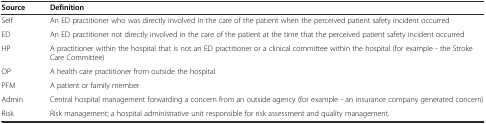
| Source | Definition |
 | --- | --- |
 | Self | An ED practitioner who was directly involved in the care of the patient when the perceived patient safety incident occurred |
 | ED | An ED practitioner not directly involved in the care of the patient at the time that the perceived patient safety incident occurred |
 | HP | A practitioner within the hospital that is not an ED practitioner or a clinical committee within the hospital (for example - the Stroke Care Committee) |
 | OP | A health care practitioner from outside the hospital |
 | PFM | A patient or family member |
 | Admin | Central hospital management forwarding a concern from an outside agency (for example - an insurance company generated concern) |
 | Risk | Risk management; a hospital administrative unit responsible for risk assessment and quality management. |